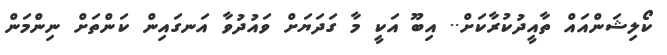
ކޯލިޝަންއައް ތާއީދުކުރާކަށް.. އިބޫ އަކީ މާ ގަދަޔަށް ވައުދުވާ އަނގައިން ކަންތަށް ނިންމަން